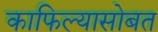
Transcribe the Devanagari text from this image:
काफिल्यासोबत